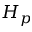
H _ { p }